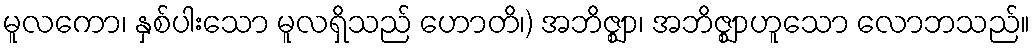
မူလကော၊ နှစ်ပါးသော မူလရှိသည် ဟောတိ၊) အဘိဇ္ဈာ၊ အဘိဇ္ဈာဟူသော လောဘသည်။